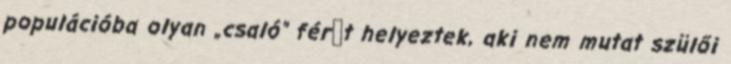
populációba olyan „csaló” férﬁt helyeztek, aki nem mutat szülői